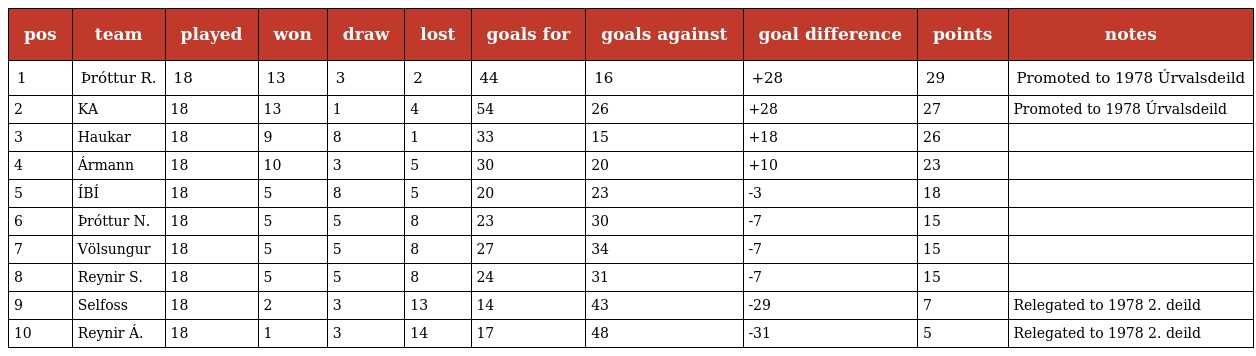
| pos | team | played | won | draw | lost | goals for | goals against | goal difference | points | notes |
 | --- | --- | --- | --- | --- | --- | --- | --- | --- | --- | --- |
 | 1 | Þróttur R. | 18 | 13 | 3 | 2 | 44 | 16 | +28 | 29 | Promoted to 1978 Úrvalsdeild |
 | 2 | KA | 18 | 13 | 1 | 4 | 54 | 26 | +28 | 27 | Promoted to 1978 Úrvalsdeild |
 | 3 | Haukar | 18 | 9 | 8 | 1 | 33 | 15 | +18 | 26 |  |
 | 4 | Ármann | 18 | 10 | 3 | 5 | 30 | 20 | +10 | 23 |  |
 | 5 | ÍBÍ | 18 | 5 | 8 | 5 | 20 | 23 | -3 | 18 |  |
 | 6 | Þróttur N. | 18 | 5 | 5 | 8 | 23 | 30 | -7 | 15 |  |
 | 7 | Völsungur | 18 | 5 | 5 | 8 | 27 | 34 | -7 | 15 |  |
 | 8 | Reynir S. | 18 | 5 | 5 | 8 | 24 | 31 | -7 | 15 |  |
 | 9 | Selfoss | 18 | 2 | 3 | 13 | 14 | 43 | -29 | 7 | Relegated to 1978 2. deild |
 | 10 | Reynir Á. | 18 | 1 | 3 | 14 | 17 | 48 | -31 | 5 | Relegated to 1978 2. deild |